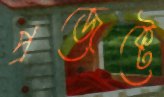
প্রজেক্টে